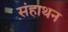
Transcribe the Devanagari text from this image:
संहाथन